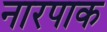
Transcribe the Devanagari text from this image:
नारपाक